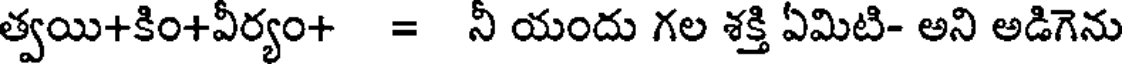
త్వయి+కిం+వీర్యం+ = నీ యందు గల శక్తి ఏమిటి- అని అడిగెను